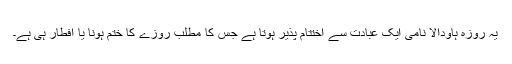
یہ روزہ ہاودالا نامی ایک عبادت سے اختتام پذیر ہوتا ہے جس کا مطلب روزے کا ختم ہونا یا افطار ہی ہے۔